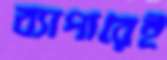
ব্যাপারেই